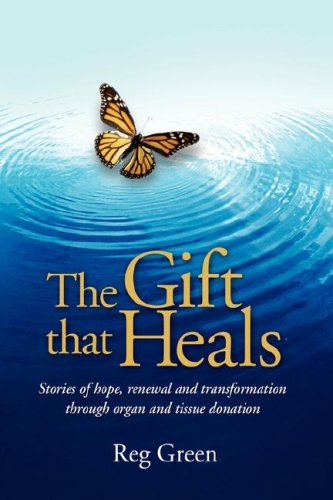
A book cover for The Gift that Heals: Stories of hope, renewal and transformation through organ and tissue donation; Reg Green; Health, Fitness & Dieting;